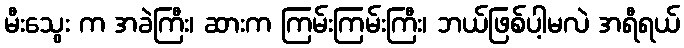
မီးသွေး က အခဲကြီး၊ ဆားက ကြမ်းကြမ်းကြီး၊ ဘယ်ဖြစ်ပါ့မလဲ အရီရယ်